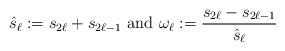
LaTeX: \begin{align*}\hat{s}_\ell :=s_{2\ell}+s_{2\ell-1}\textrm{ and }\omega_\ell :=\frac{s_{2\ell}-s_{2\ell-1}}{\hat{s}_\ell}\,\end{align*}